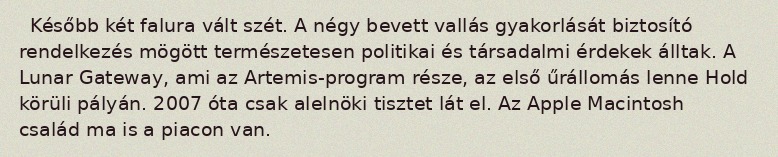
Később két falura vált szét. A négy bevett vallás gyakorlását biztosító rendelkezés mögött természetesen politikai és társadalmi érdekek álltak. A Lunar Gateway, ami az Artemis-program része, az első űrállomás lenne Hold körüli pályán. 2007 óta csak alelnöki tisztet lát el. Az Apple Macintosh család ma is a piacon van.